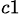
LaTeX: ^{c1}